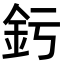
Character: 釫